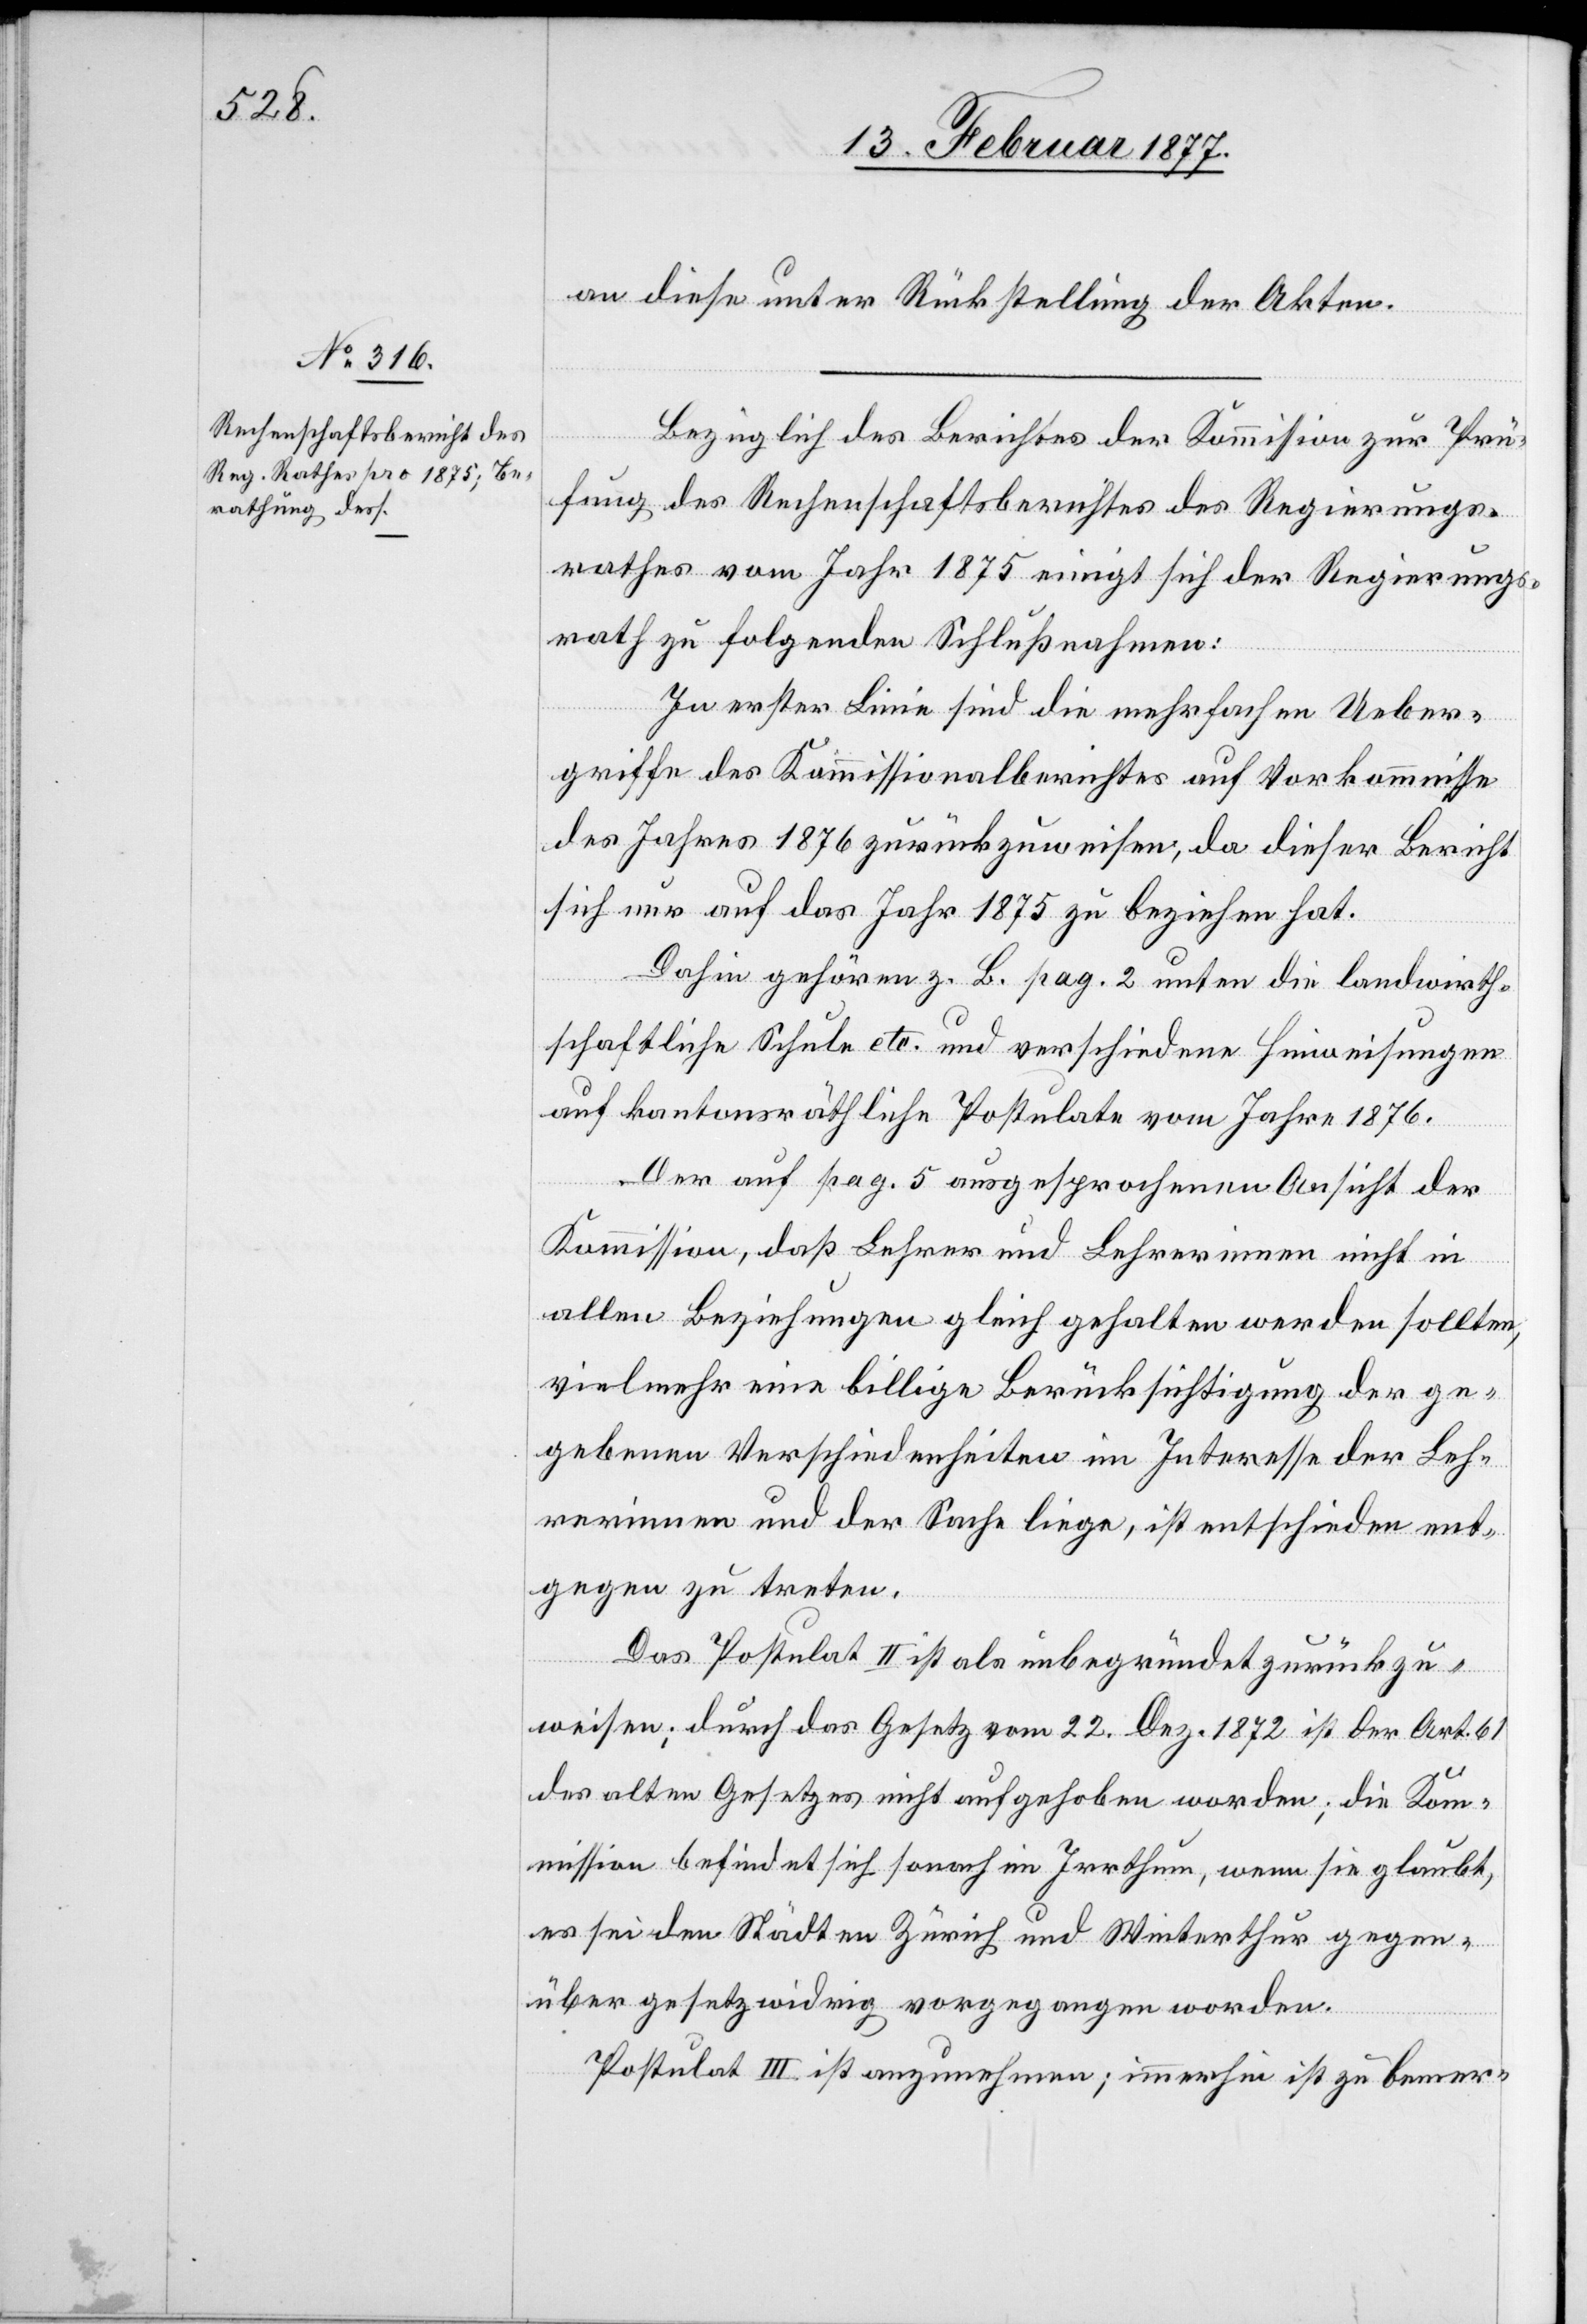
an diese unter Rückstellung der Akten.
Bezüglich des Berichtes der Kommission zur Prü¬
fung des Rechenschaftsberichtes des Regierungs¬
rathes vom Jahr 1875 einigt sich der Regierungs¬
rath zu den folgenden Schlußnahmen:
In erster Linie sind die mehrfachen Ueber¬
griffe des Kommissionalberichtes auf Vorkommnisse
des Jahres 1876 zurückzuweisen, da dieser Bericht
sich nur auf das Jahr 1875 zu beziehen hat.
Dahin gehören z. B. pag. 2 unten die landwirth¬
schaftliche Schule etc. und verschiedene Hinweisungen
auf kantonsräthliche Postulate vom Jahre 1876.
Der auf pag. 5 ausgesprochenen Ansicht der
Kommission, daß Lehrer und Lehrerinnen nicht in
allen Beziehungen gleich gehalten werden sollten,
vielmehr eine billige Berücksichtigung der ge¬
gebenen Verschiedenheiten im Interesse der Leh¬
rerinnen und der Sache liege, ist entschieden ent¬
gegen zu treten.
Das Postulat II ist als unbegründet zurückzu¬
weisen; durch das Gesetz vom 22. Dez. 1872 ist der Art. 61
des alten Gesetzes nicht aufgehoben worden; die Ko¬
mmission befindet sich sonach im Irrthum, wenn sie glaubt,
es sei den Städten Zürich und Winterthur gegen¬
über gesetzwidrig vorgegangen worden.
Postulat III ist anzunehmen; immerhin ist zu bemer-